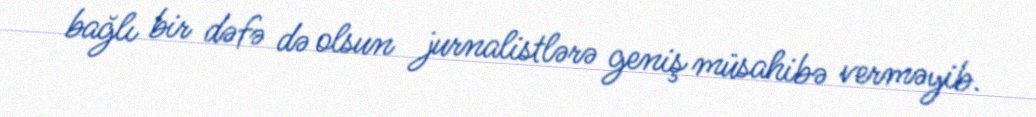
bağlı bir dəfə də olsun jurnalistlərə geniş müsahibə verməyib.